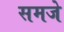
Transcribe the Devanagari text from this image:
समजे